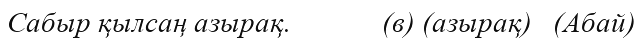
Сабыр қылсаң азырақ.             (в) (азырақ)   (Абай)